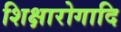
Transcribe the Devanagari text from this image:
शिक्षारोगादि